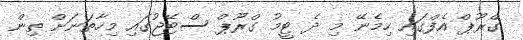
ގްރޫޕް އެފްގައި ހިމެނޭ މި ދެ ޓީމު ގްރޫޕް ސްޓޭޖުގައި މިހާތަނަށް ތިން